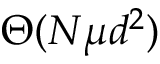
\Theta ( N \mu d ^ { 2 } )